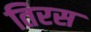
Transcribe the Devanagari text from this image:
तिरस